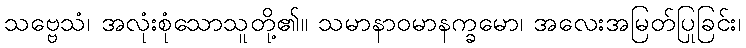
သဗ္ဗေသံ၊ အလုံးစုံသောသူတို့၏။ သမာနာဝမာနက္ခမော၊ အလေးအမြတ်ပြုခြင်း၊